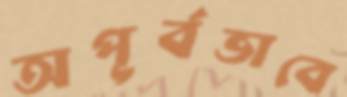
অপূর্বভাবে